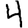
Digit: 4